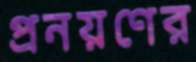
প্রনয়ণের